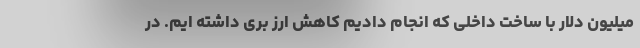
میلیون دلار با ساخت داخلی که انجام دادیم کاهش ارز بری داشته ایم. در